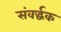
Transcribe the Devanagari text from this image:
संवर्द्धक